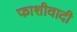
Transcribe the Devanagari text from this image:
फाशीवादी